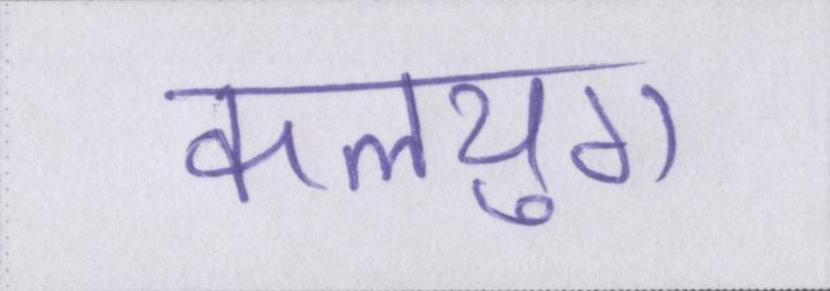
कलयुग